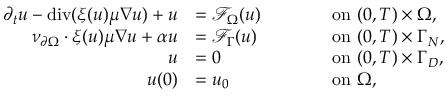
\begin{array} { r l r l } { \partial _ { t } u - \operatorname { d i v } ( \xi ( u ) \mu \nabla u ) + u } & { = \mathcal { F } _ { \Omega } ( u ) \qquad } & & { \mathrm { o n ~ } ( 0 , T ) \times \Omega , } \\ { \nu _ { \partial \Omega } \cdot \xi ( u ) \mu \nabla u + \alpha u } & { = \mathcal { F } _ { \Gamma } ( u ) } & & { \mathrm { o n ~ } ( 0 , T ) \times \Gamma _ { N } , } \\ { u } & { = 0 } & & { \mathrm { o n ~ } ( 0 , T ) \times \Gamma _ { D } , } \\ { u ( 0 ) } & { = u _ { 0 } } & & { \mathrm { o n ~ } \Omega , } \end{array}